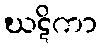
ဃဋိကာ